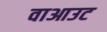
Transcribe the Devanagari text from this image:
वाआउट